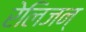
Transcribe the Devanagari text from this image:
रेलिजन्